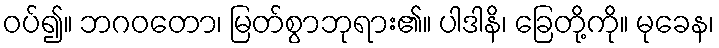
ဝပ်၍။ ဘဂဝတော၊ မြတ်စွာဘုရား၏။ ပါဒါနိ၊ ခြေတို့ကို။ မုခေန၊